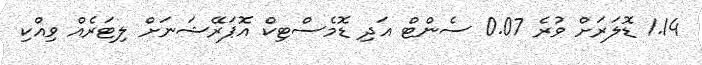
1.14 ޑޮލަރަށް ވުރެ 0.07 ސެންޓް އަދި ޑޮމެސްޓިކް އޮޕަރޭޝަނަށް ލިޓަރެއް ވިއްކި